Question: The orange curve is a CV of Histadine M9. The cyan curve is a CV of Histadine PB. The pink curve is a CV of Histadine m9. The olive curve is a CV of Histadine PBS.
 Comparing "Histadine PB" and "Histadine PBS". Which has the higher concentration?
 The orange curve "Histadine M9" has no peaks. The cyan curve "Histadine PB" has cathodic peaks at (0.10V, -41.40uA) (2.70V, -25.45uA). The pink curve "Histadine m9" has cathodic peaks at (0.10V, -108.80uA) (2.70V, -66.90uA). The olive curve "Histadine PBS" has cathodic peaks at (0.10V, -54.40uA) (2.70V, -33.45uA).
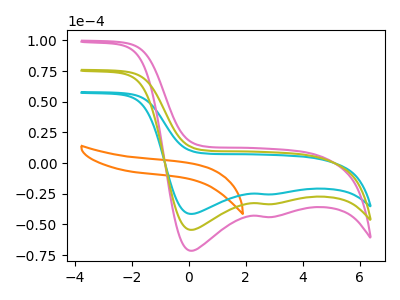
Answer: <think>All the peaks in "Histadine PB" have a peak in "Histadine PBS" at the same potential. Every peak in "Histadine PB" is lower than every peak in "Histadine PBS".
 </think>
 <answer>"Histadine PB" has less signal than "Histadine PBS" and so likely has a lower concentration.</answer>
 <eval>less_concentration</eval>